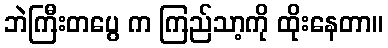
ဘဲကြီးတပွေ က ကြည်သာ့ကို ထိုးနေတာ။